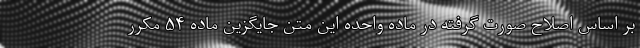
بر اساس اصلاح صورت گرفته در ماده واحده این متن جایگزین ماده ۵۴ مکرر